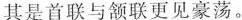
其是首联与颔联更见豪荡。